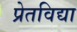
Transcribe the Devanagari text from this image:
प्रेतविद्या